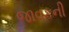
જાવકની